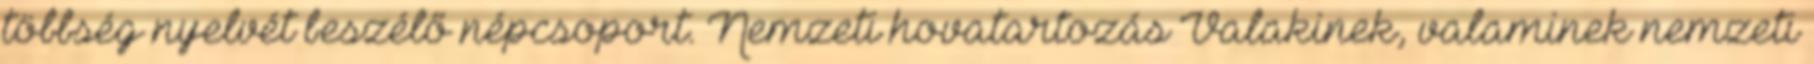
többség nyelvét beszélő népcsoport. Nemzeti hovatartozás Valakinek, valaminek nemzeti